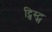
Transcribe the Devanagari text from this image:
ट्विस्ट्स